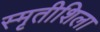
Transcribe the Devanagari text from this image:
स्मृतीशिला